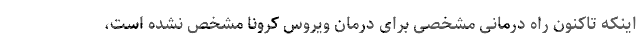
اینکه تاکنون راه درمانی مشخصی برای درمان ویروس کرونا مشخص نشده است،